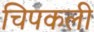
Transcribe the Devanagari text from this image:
चिपकली